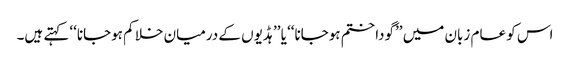
اس کو عام زبان میں ’’گودا ختم ہوجانا‘‘ یا ’’ہڈیوں کے درمیان خلا کم ہوجانا‘‘ کہتے ہیں۔